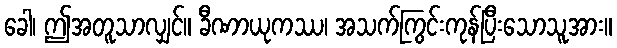
ခေါ၊ ဤအတူသာလျှင်။ ခီဏာယုကဿ၊ အသက်ကြွင်းကုန်ပြီးသောသူအား။